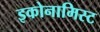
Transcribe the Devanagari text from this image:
इकोनामिस्ट